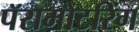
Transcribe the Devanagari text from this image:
पॅरामोटरिंग